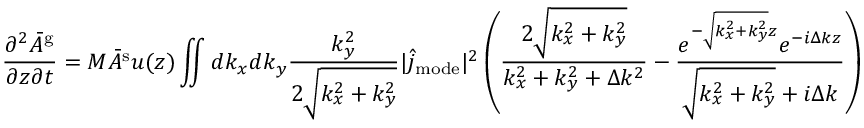
\frac { \partial ^ { 2 } \bar { A } ^ { \mathrm { g } } } { \partial z \partial t } = M \bar { A } ^ { \mathrm { s } } u ( z ) \iint d k _ { x } d k _ { y } \frac { k _ { y } ^ { 2 } } { 2 \sqrt { k _ { x } ^ { 2 } + k _ { y } ^ { 2 } } } | \hat { j } _ { \mathrm { m o d e } } | ^ { 2 } \left( \frac { 2 \sqrt { k _ { x } ^ { 2 } + k _ { y } ^ { 2 } } } { k _ { x } ^ { 2 } + k _ { y } ^ { 2 } + \Delta k ^ { 2 } } - \frac { e ^ { - \sqrt { k _ { x } ^ { 2 } + k _ { y } ^ { 2 } } z } e ^ { - i \Delta k z } } { \sqrt { k _ { x } ^ { 2 } + k _ { y } ^ { 2 } } + i \Delta k } \right)